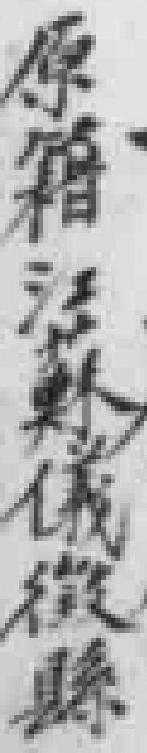
原籍江蘇儀徵縣